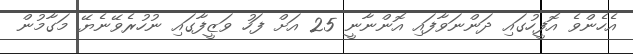
އެހެންވެ އޮފީހުގައި ދަންނަވާފައި އޮންނާނީ 25 އަށް ފަހު ވަޒީފާގައި ނުހުރެވޭނެޔޭ މަގާމުން